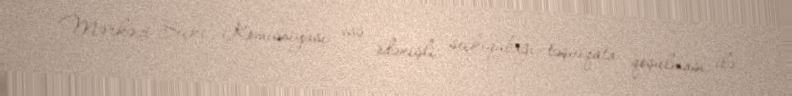
Mərkəzi Seçki Komissiyası isə ödənişli seçkiqabağı təşviqata qoşulması ilə